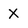
Character: X